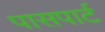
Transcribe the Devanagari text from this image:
पासपार्ट